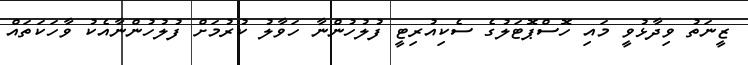
ޒީނަތު ވިދާޅުވީ މައި ހޮސްޕޮޓަލުގެ ސެކިއުރިޓީ ފުލުހުންނާ ހަވާލު ކުރުމަށް ފުލުހުންނާއެކު ވާހަކަތައް